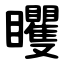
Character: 䂄